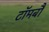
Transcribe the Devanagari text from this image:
टॉमबौ